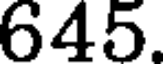
645.